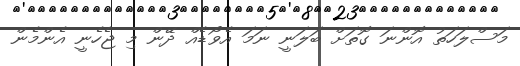
މަސްލަހަތު އޮންނަ ގޮތަށް ބަލަނީ ނަމަ އެވޯޑެއް ދޭން މި ޖެހެނީ އެންމެން